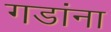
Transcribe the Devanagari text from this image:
गडांना